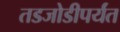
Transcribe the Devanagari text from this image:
तडजोडीपर्यंत